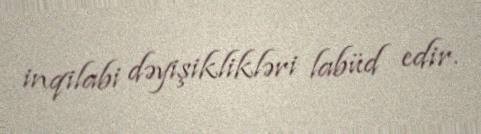
inqilabi dəyişiklikləri labüd edir.